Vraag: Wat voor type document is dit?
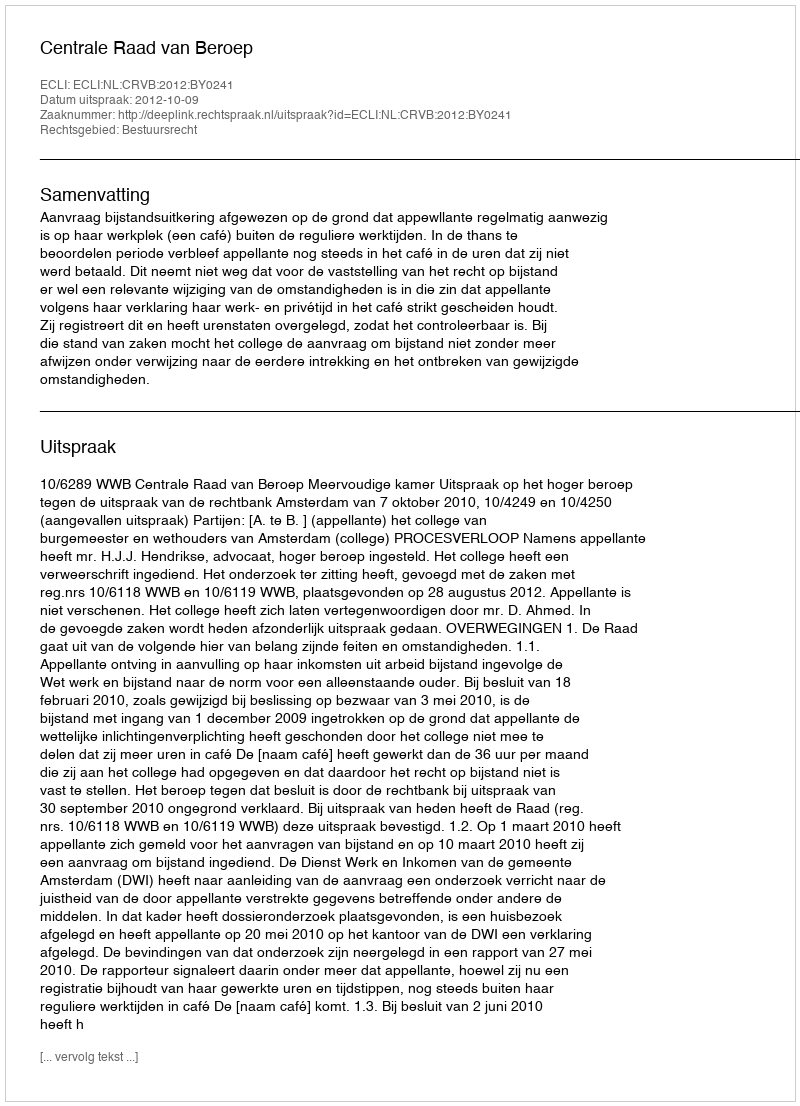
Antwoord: Uitspraak